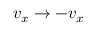
v _ { x } \rightarrow - v _ { x }